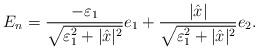
LaTeX: \begin{align*}E_n = \frac{- \varepsilon_1}{\sqrt{\varepsilon_1^2 + |\hat{x}|^2}} e_1 + \frac{|\hat{x}|}{\sqrt{\varepsilon_1^2 + |\hat{x}|^2}} e_2.\end{align*}